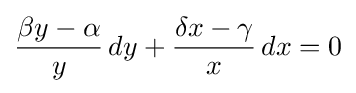
{\frac {\beta y-\alpha }{y}}\,dy+{\frac {\delta x-\gamma }{x}}\,dx=0